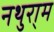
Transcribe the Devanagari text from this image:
नथुरा्म